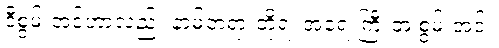
ဒီစွမ်းအင်ဟာလည်း နာမ်တရားတို့ရဲ့ အရေးကြီးတဲ့ စွမ်းအင်။